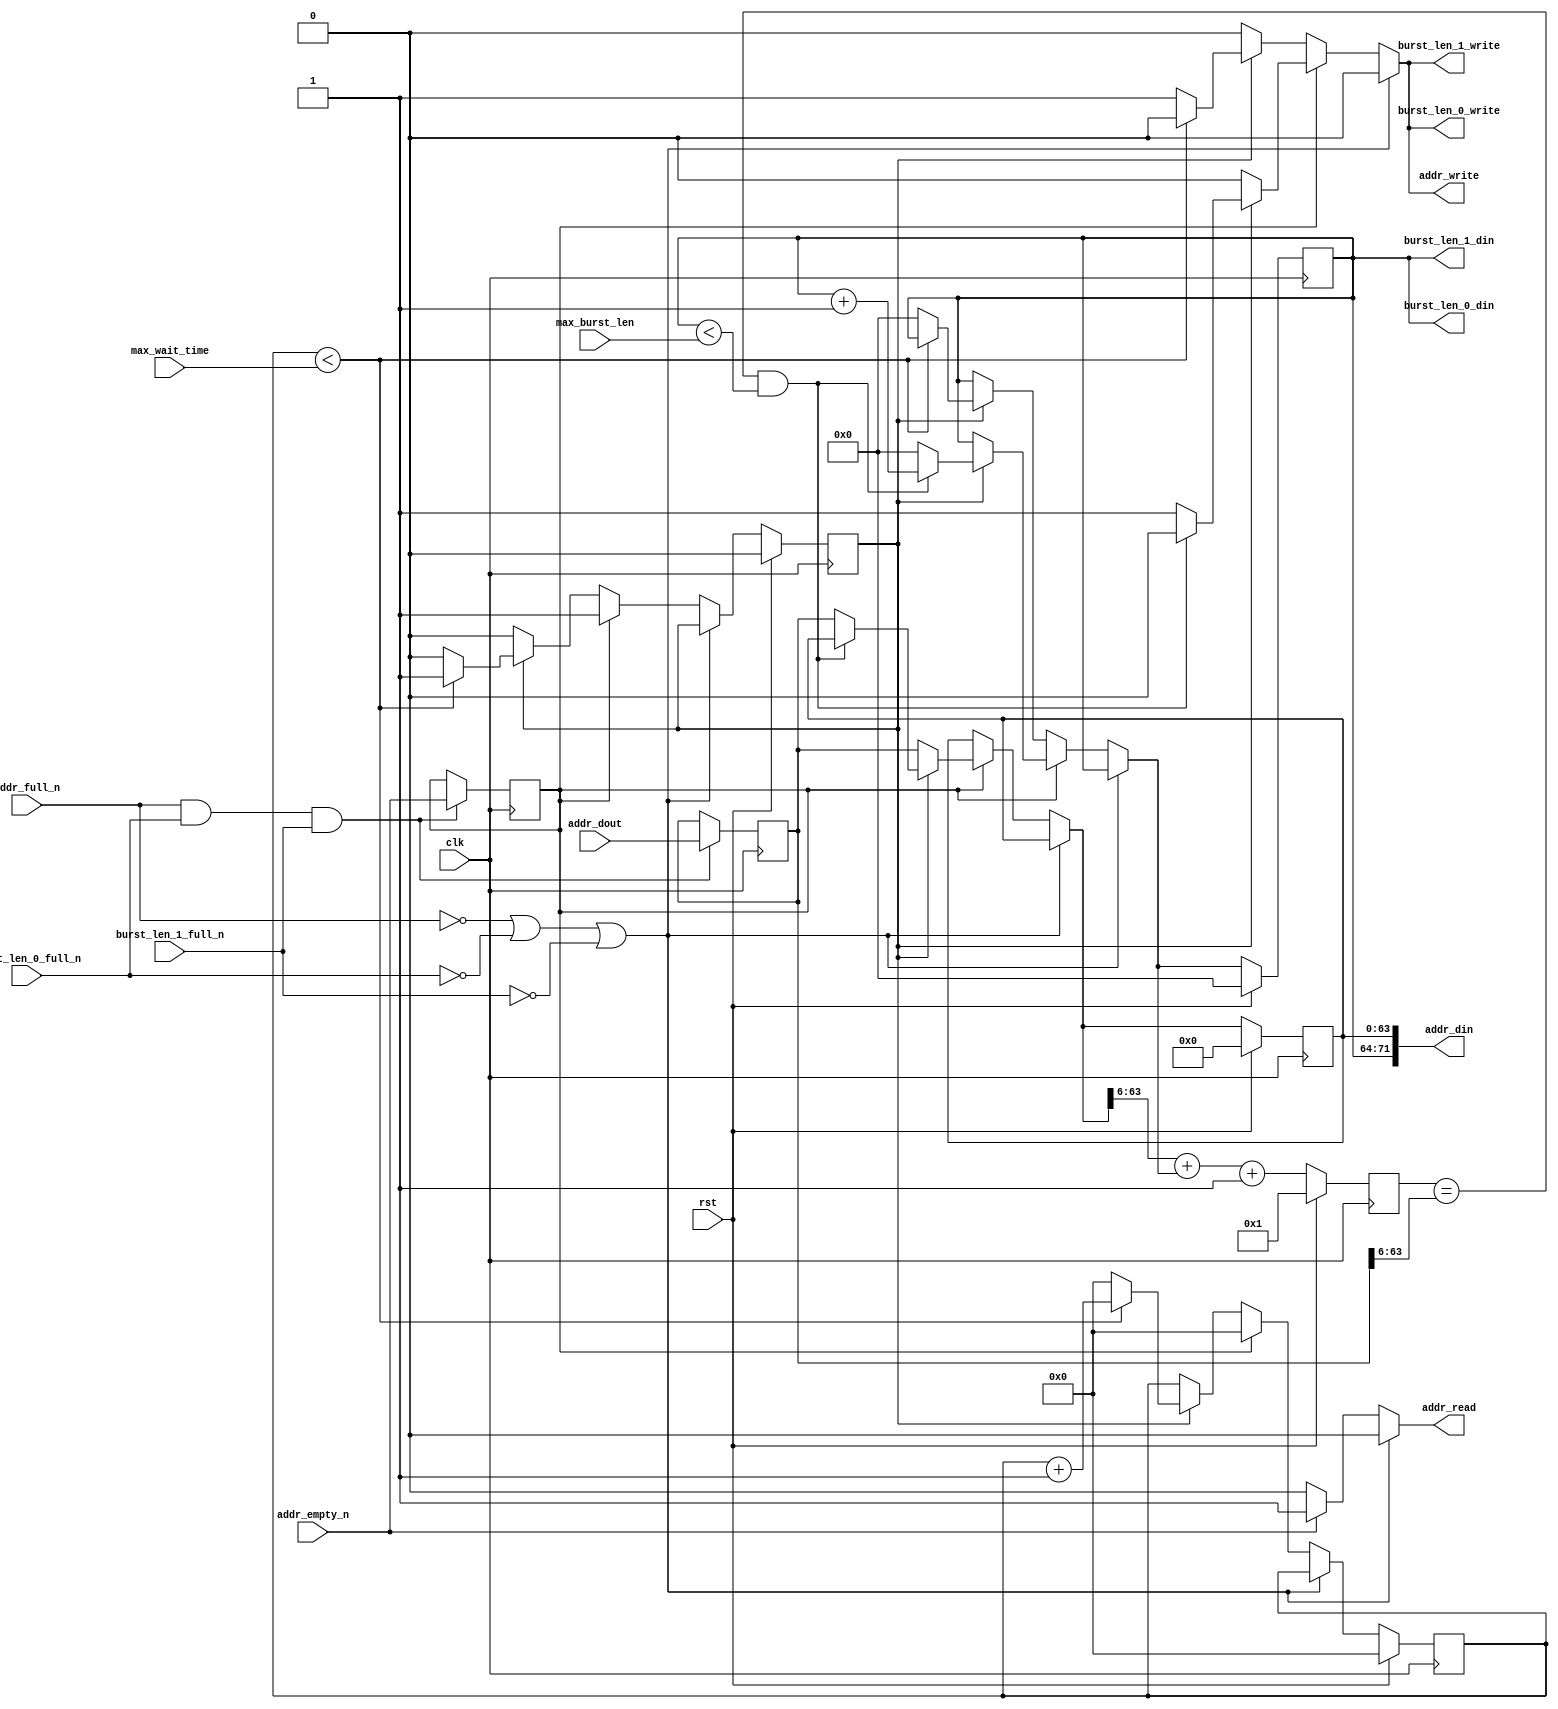
`default_nettype none

// Detect burst from address stream.
module detect_burst #(
  parameter AddrWidth         = 64,
  parameter DataWidthBytesLog = 6,
  parameter WaitTimeWidth     = 4,
  parameter BurstLenWidth     = 8
) (
  input wire clk,
  input wire rst,

  input wire [WaitTimeWidth-1:0] max_wait_time,
  input wire [BurstLenWidth-1:0] max_burst_len,  // 0 disables detection

  input  wire [AddrWidth-1:0] addr_dout,
  input  wire                 addr_empty_n,
  output reg                  addr_read,

  output wire [BurstLenWidth+AddrWidth-1:0] addr_din,
  input  wire                               addr_full_n,
  output wire                               addr_write,

  output wire [BurstLenWidth-1:0] burst_len_0_din,
  input  wire                     burst_len_0_full_n,
  output wire                     burst_len_0_write,

  output wire [BurstLenWidth-1:0] burst_len_1_din,
  input  wire                     burst_len_1_full_n,
  output wire                     burst_len_1_write
);
  // parameter
  localparam NextAddrWidth = AddrWidth - DataWidthBytesLog;

  // state
  reg [AddrWidth-1:0]     base_addr;
  reg                     base_valid;
  reg [BurstLenWidth-1:0] burst_len;
  reg [WaitTimeWidth-1:0] wait_time;
  reg [NextAddrWidth-1:0] next_addr;

  // logic
  reg                     write_enable;
  reg [AddrWidth-1:0]     base_addr_next;
  reg                     base_valid_next;
  reg [BurstLenWidth-1:0] burst_len_next;
  reg [WaitTimeWidth-1:0] wait_time_next;

  wire [NextAddrWidth-1:0] next_addr_next =
      base_addr_next[AddrWidth-1:DataWidthBytesLog] +
      {{(NextAddrWidth-BurstLenWidth){1'b0}}, burst_len_next} +
      {{(NextAddrWidth-1){1'b0}}, 1'b1};

  assign addr_write = write_enable;
  assign burst_len_0_write = write_enable;
  assign burst_len_1_write = write_enable;
  assign addr_din = {burst_len, base_addr};
  assign burst_len_0_din = burst_len;
  assign burst_len_1_din = burst_len;

  // register the input for timing closure
  reg addr_empty_n_q;
  reg [AddrWidth-1:0] addr_dout_q;
  always @(posedge clk) begin
    if (addr_full_n && burst_len_0_full_n && burst_len_1_full_n) begin
      addr_empty_n_q <= addr_empty_n;
      addr_dout_q <= addr_dout;
    end
  end
  wire [AddrWidth-1:0] curr_addr = addr_dout_q;

  always @* begin
    // defaults
    addr_read = 1'b0;
    if (!addr_full_n || !burst_len_0_full_n || !burst_len_1_full_n) begin
      addr_read = 1'b0;
    end else if (addr_empty_n) begin
      // read new item if non-empty
      addr_read = 1'b1;
    end else if (base_valid) begin
      addr_read = 1'b0;
    end
  end

  always @* begin
    // defaults
    write_enable = 1'b0;
    base_addr_next = base_addr;
    base_valid_next = base_valid;
    wait_time_next = wait_time;
    burst_len_next = burst_len;
    if (!addr_full_n || !burst_len_0_full_n || !burst_len_1_full_n) begin
      // output FIFO full, do nothing
    end else if (addr_empty_n_q) begin
      wait_time_next = 0;
      if (!base_valid) begin
        base_addr_next = curr_addr;
        base_valid_next = 1'b1;

        write_enable = 1'b0;
        burst_len_next = burst_len;
      end else begin
        if (next_addr == curr_addr[AddrWidth-1:DataWidthBytesLog] &&
            burst_len < max_burst_len) begin
          burst_len_next = burst_len + 1;

          write_enable = 1'b0;
          base_addr_next = base_addr;
          base_valid_next = base_valid;
        end else begin
          // no more burst detected
          write_enable = 1'b1;
          burst_len_next = 0;
          base_addr_next = curr_addr;

          base_valid_next = base_valid;
        end
      end
    end else if (base_valid) begin
      if (wait_time < max_wait_time) begin
        wait_time_next = wait_time + 1;

        write_enable = 1'b0;
        base_addr_next = base_addr;
        base_valid_next = base_valid;
        burst_len_next = burst_len;
      end else begin
        write_enable = 1'b1;
        wait_time_next = 0;
        base_valid_next = 1'b0;
        burst_len_next = 0;

        base_addr_next = base_addr;
      end
    end
  end

  always @(posedge clk) begin
    if (rst) begin
      base_addr <= {AddrWidth{1'b0}};
      base_valid <= 1'd0;
      burst_len <= {BurstLenWidth{1'b0}};
      wait_time <= {WaitTimeWidth{1'b0}};
      next_addr <= {{(NextAddrWidth-1){1'b0}}, 1'b1};
    end else begin
      base_addr <= base_addr_next;
      base_valid <= base_valid_next;
      burst_len <= burst_len_next;
      wait_time <= wait_time_next;
      next_addr <= next_addr_next;
    end
  end

endmodule  // detect_burst

`default_nettype wire